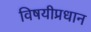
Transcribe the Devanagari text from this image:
विषयीप्रधान